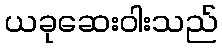
ယခုဆေးဝါးသည်